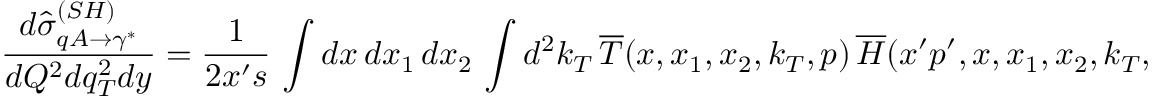
\frac { d \hat { \sigma } _ { q A \rightarrow \gamma ^ { * } } ^ { ( S H ) } } { d Q ^ { 2 } d q _ { T } ^ { 2 } d y } = \frac { 1 } { 2 x ^ { \prime } s } \, \int d x \, d x _ { 1 } \, d x _ { 2 } \, \int d ^ { 2 } k _ { T } \, \overline { { { T } } } ( x , x _ { 1 } , x _ { 2 } , k _ { T } , p ) \, \overline { { { H } } } ( x ^ { \prime } p ^ { \prime } , x , x _ { 1 } , x _ { 2 } , k _ { T } , p , q ) \ ,